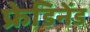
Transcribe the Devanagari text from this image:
फ्रेडिनेंड